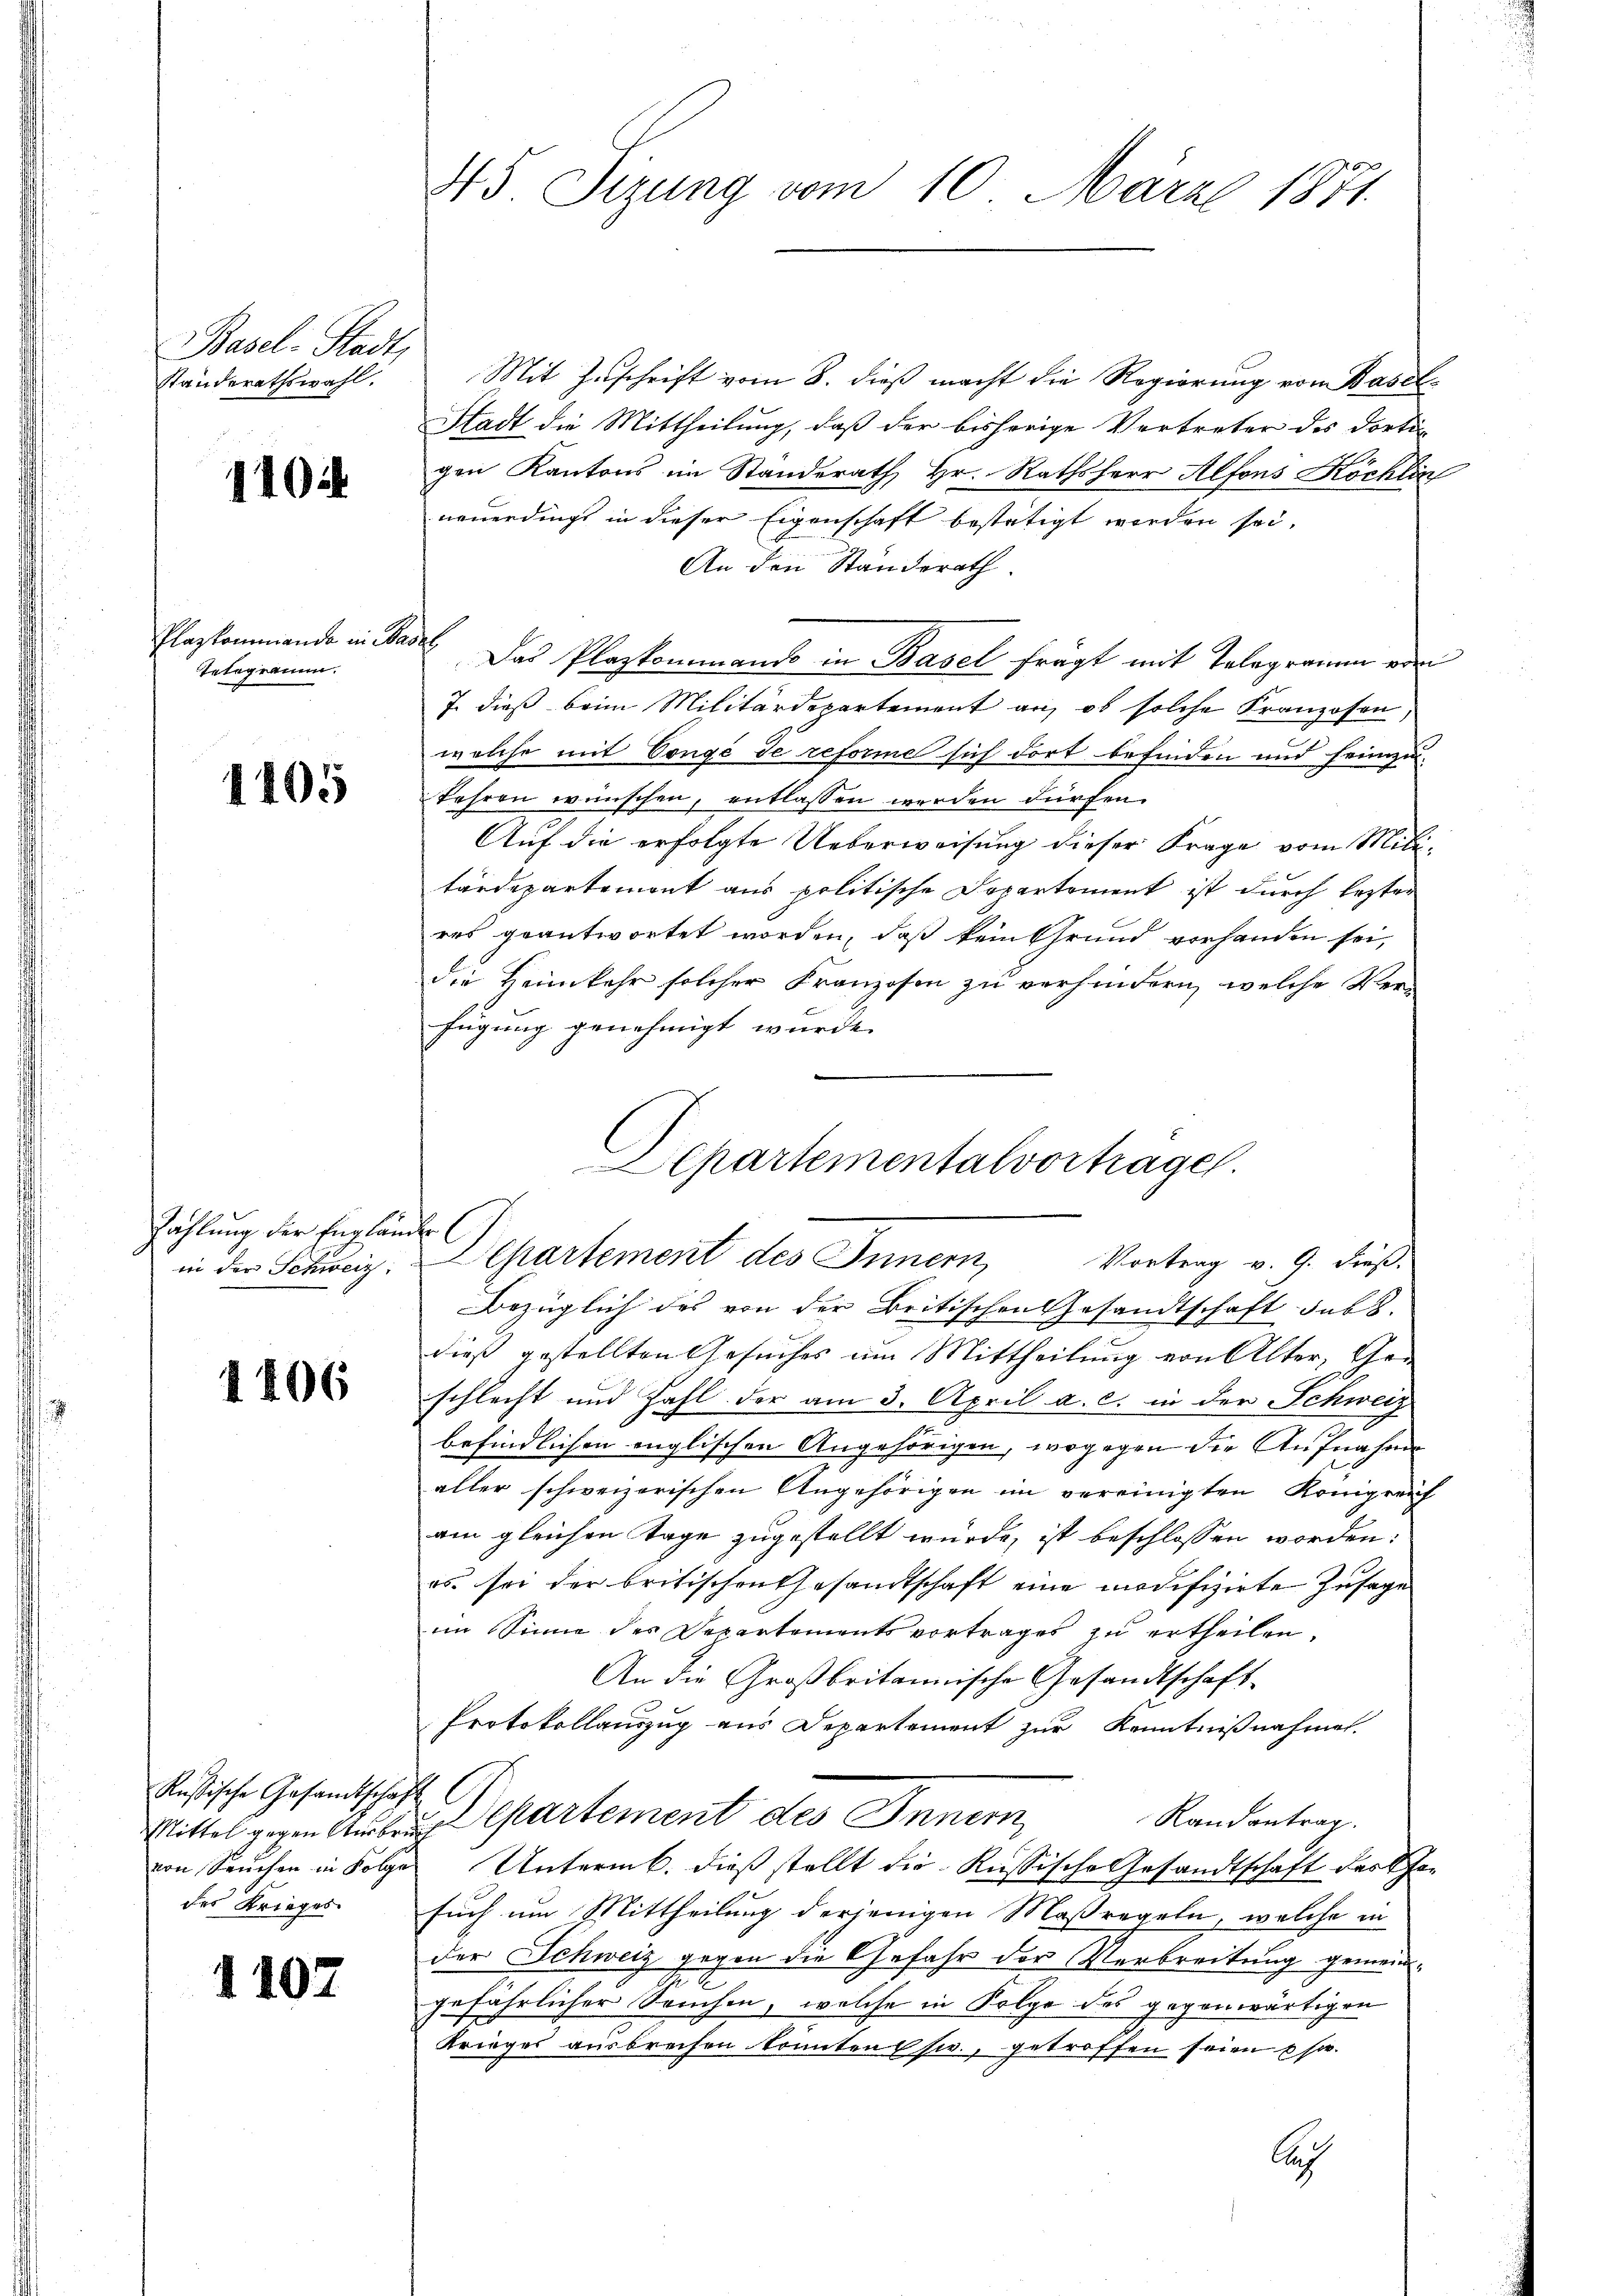
Basel-Stadt,
Standerathswahl.

1404

Tagkommando in Basel
Tetogramm.

1405

ig der Englände
s

1406

Rußische Gesamtschaft
von Seuchen in Folge

1102

45 Sizung vom 10. März 1871.

Mit Zuschrift vom 8. dieß macht die Regierung vom Basel-
Stadt die Mittheilung, daß der bisherige Vertreter des dorti-
gen Kantons im Standerath, Hr. Rathsherr Alfons Köchlin
neuerdings in dieser Eigenschaft bestätigt werden sei.
An den Ständerath.
Das Plazkommands in Basel frägt mit Telegramm von
7. dieß beim Militärdepartement an, ob solche Franzosen,
welche mit Congé de reforme sich dort befinden und heimzukehren wünschen, entlassen werden dürfen.
.
Auf die erfolgte Ueberweisung dieser Frage vom Militärdepartement aus politische Departement ist durch letzter
res geantwortet worden, daß kein Grund vorhanden sei,
die Heimkehr solcher Franzosen zu verhindern, welche Verfügung genehmigt wurde.

Apartementalvortragen.
 Schweiz. partement des Innern Vortrag v. 9. dieβ.

Bezüglich des von der Britischen Gesandtschaft sub 8.
dieß gestellten Gesuches um Mittheilung von Alter, Geschlecht und Zahl der am 3. April a. c. in der Schweiz
befindlichen englischen Angehörigen, wogegen die Aufnahme
aller schweizerischen Angehörigen im vereinigten Königreich
am gleichen Tage zugestellt würde, ist beschlossen worden:
os sei der britischen Gesandtschaft eine modifizirte Zusage
im Sinne des Departementsvortrages zu ertheilen.
An die Großbritannische Gesandtschaft
Protokollauszug aus Departement zur Kenntnißnahmen.
Randantrag.
Mittel gegen Ausbruch Cartement des Innern,
Untermb. dieß stellt die Russische Gesandtschaft des Gedes Krieges. such um Mittheilung derjenigen Maßregeln, welche in
der Schweiz gegen die Gefahr der Verbreitung gemeingefährlicher Seuchen, welche in Folge des gegenwärtigen
Krieges ausbrechen konnten sie, getroffen seien u so
Aus